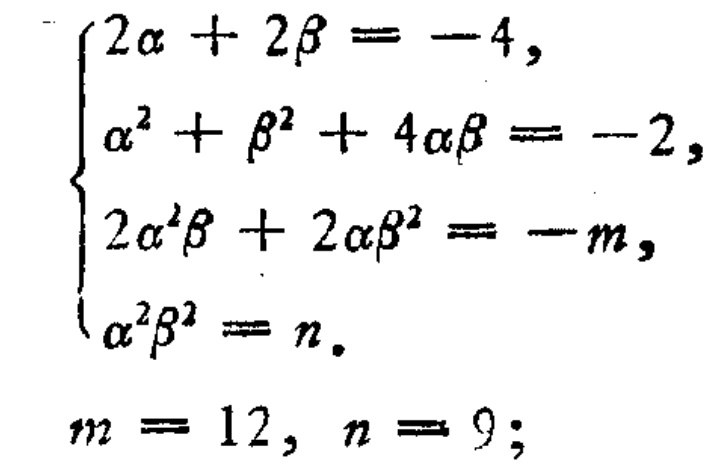
\[\begin{cases}
2\alpha + 2\beta = -4,\\
\alpha^{2}+\beta^{2}+4\alpha\beta = -2,\\
2\alpha^{2}\beta + 2\alpha\beta^{2} = -m,\\
\alpha^{2}\beta^{2} = n.
\end{cases}\]
\[m = 12,\ n = 9;\]